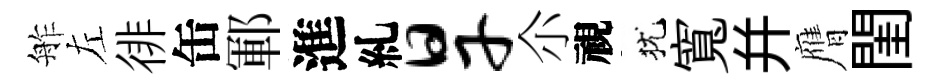
舴左徘缶鄆進糺旱尒視犹寬并膺閨